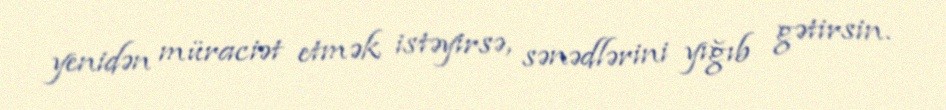
yenidən müraciət etmək istəyirsə, sənədlərini yığıb gətirsin.